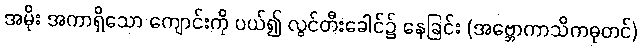
အမိုး အကာရှိသော ကျောင်းကို ပယ်၍ လွင်တီးခေါင်၌ နေခြင်း (အဗ္ဘောကာသိကဓုတင်)